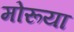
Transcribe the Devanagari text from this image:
मोरूया